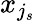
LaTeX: {x}_{j_{s}}